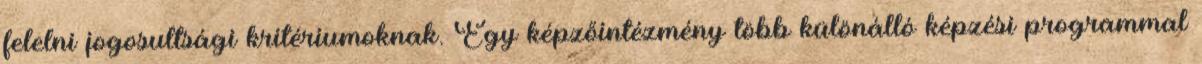
felelni jogosultsági kritériumoknak. Egy képzőintézmény több különálló képzési programmal